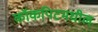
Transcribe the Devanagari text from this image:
कॉकपिटमधील